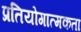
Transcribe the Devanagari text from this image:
प्रतियोगात्मकता